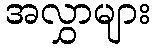
အလွှာများ